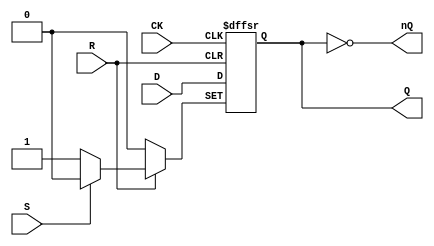
`timescale 1ns/1ns

module FDPCell(
	input CK,
	input D,
	input S, R,
	output reg Q = 1'b0,
	output nQ
);

	always @(posedge CK or negedge S or negedge R)
	begin
		if (!S)
			Q <= 1'b1;
		else if (!R)
			Q <= 1'b0;
		else
			Q <= #1 D;
	end
	
	assign nQ = ~Q;

endmodule